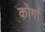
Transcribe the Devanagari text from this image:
कोर्गा